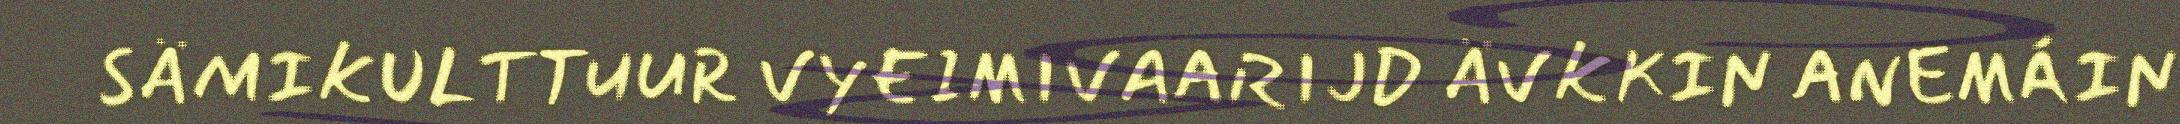
SÄMIKULTTUUR VYEIMIVAARIJD ÄVKKIN ANEMÁIN